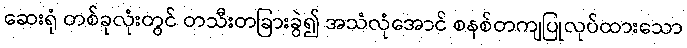
ဆေးရုံ တစ်ခုလုံးတွင် တသီးတခြားခွဲ၍ အသံလုံအောင် စနစ်တကျပြုလုပ်ထားသော